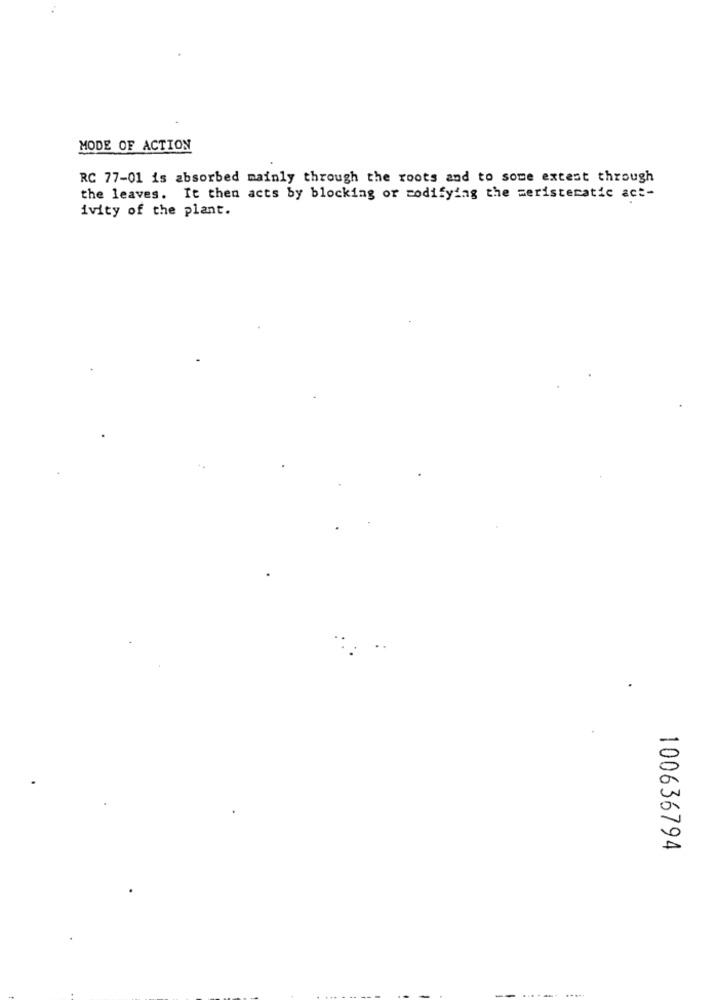
MODE OF ACTION
RC 77-01 is absorbed mainly through the roots and to some extent through
the leaves. It then acts by blocking or modifying the meristeratic act-
ivity of the plant.
100636794